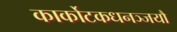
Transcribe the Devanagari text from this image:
कार्कोटकधनञ्जयौ